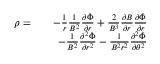
\begin{array} { r l r } { \rho = } & { } & { - \frac { 1 } { r } \frac { 1 } { B ^ { 2 } } \frac { \partial \hat { \Phi } } { \partial r } + \frac { 2 } { B ^ { 3 } } \frac { \partial B } { \partial r } \frac { \partial \hat { \Phi } } { \partial r } } \\ & { } & { - \frac { 1 } { B ^ { 2 } } \frac { \partial ^ { 2 } \hat { \Phi } } { \partial r ^ { 2 } } - \frac { 1 } { B ^ { 2 } r ^ { 2 } } \frac { \partial ^ { 2 } \hat { \Phi } } { \partial \theta ^ { 2 } } } \end{array}